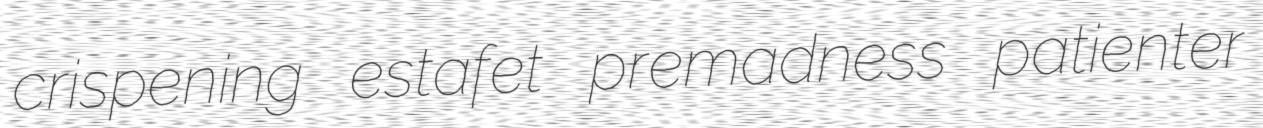
crispening estafet premadness patienter